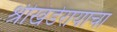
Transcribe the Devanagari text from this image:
श्रीखंडेरायाचा